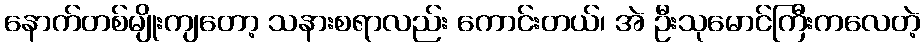
နောက်တစ်မျိုးကျတော့ သနားစရာလည်း ကောင်းတယ်၊ အဲ ဦးသုမောင်ကြီးကလေတဲ့